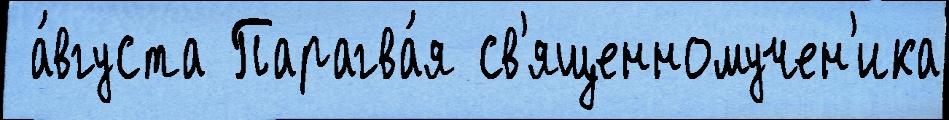
 а́вгуста Парагва́я св'ященномучен'ика